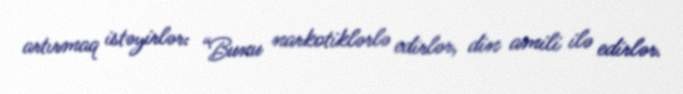
artırmaq istəyirlər: “Bunu narkotiklərlə edirlər, din amili ilə edirlər.